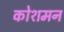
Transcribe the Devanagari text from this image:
कोशमन